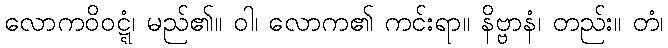
လောကဝိဝဋ္ဋံ၊ မည်၏။ ဝါ၊ လောက၏ ကင်းရာ။ နိဗ္ဗာနံ၊ တည်း။ တံ၊